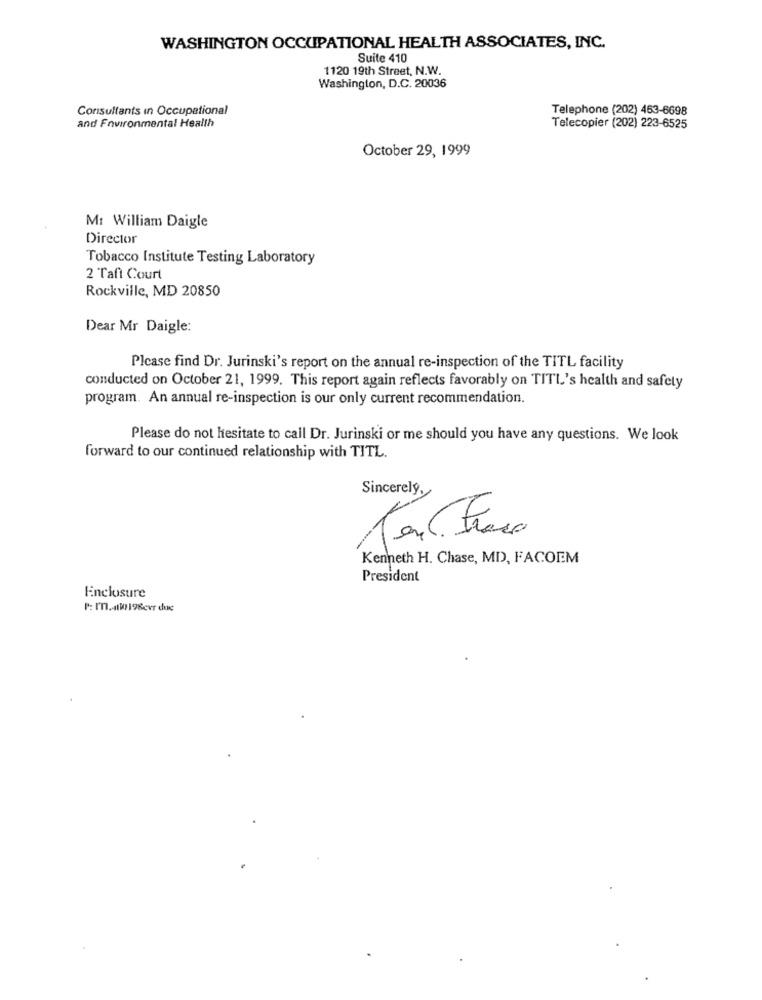
WASHINGTON OCCUPATIONAL HEALTH ASSOCIATES, INC.
Suite 410
1120 19th Street, N.W.
Washington, D.C. 20036
Consultants in Occupational
Telephone (202) 463-6698
and Environmental Health
Telecopier (202) 223-6525
October 29, 1999
M: William Daigle
Director
Tobacco Institute Testing Laboratory
2 Taft Court
Rockville, MD 20850
Dear Mr Daigle:
Please find Dr. Jurinski's report on the annual re-inspection of the TITL facility
conducted on October 21, 1999. This report again reflects favorably on TITL's health and safety
program. An annual re-inspection is our only current recommendation.
Please do not hesitate to call Dr. Jurinski or me should you have any questions. We look
forward to our continued relationship with TITL.
Sincerely,
Kenneth H. Chase, MD, FACOEM
President
Enclosure